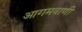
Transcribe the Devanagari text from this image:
आगमवाणी